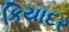
કિયાદર